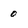
Character: o